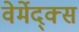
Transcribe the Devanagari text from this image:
वेर्मेद्क्स